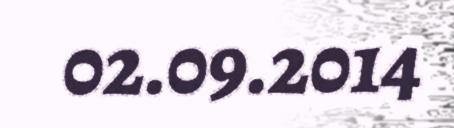
02.09.2014